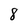
Character: 8